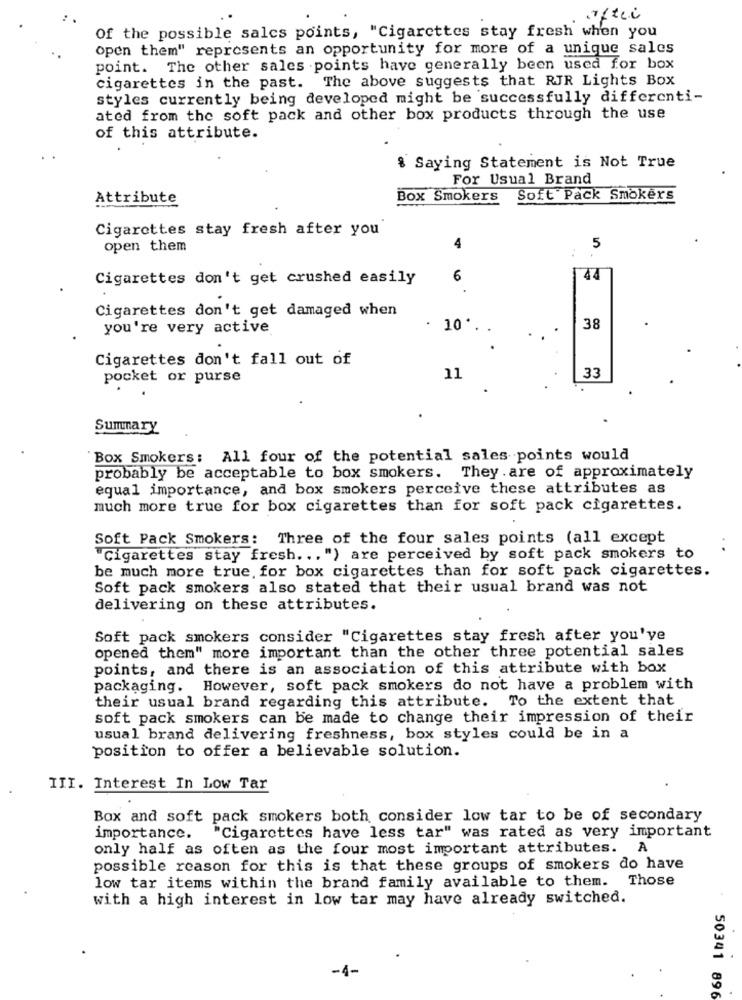
oftei
Of the possible salcs points, "Cigarettes stay fresh when you
open them" represents an opportunity for more of a unique sales
point. The other sales points have generally been used for box
cigarettes in the past. The above suggests that RJR Lights Box
styles currently being developed might be successfully differenti-
ated from the soft pack and other box products through the use
of this attribute.
8 Saying Statement is Not True
For Usual Brand
Attribute
Box Smokers
Soft Pack Smokers
Cigarettes stay fresh after you
open them
4
5
Cigarettes don't get crushed easily
6
44
Cigarettes don't get damaged when
you're very active
· 10 ..
38
Cigarettes don't fall out of
pocket or purse
11
33
Summary
"Box Smokers: All four of the potential sales points would
probably be acceptable to box smokers. They are of approximately
equal importance, and box smokers perceive these attributes as
much more true for box cigarettes than for soft pack cigarettes.
Soft Pack Smokers: Three of the four sales points (all except
"Cigarettes stay fresh ... ") are perceived by soft pack smokers to
be much more true for box cigarettes than for soft pack cigarettes.
Soft pack smokers also stated that their usual brand was not
delivering on these attributes.
Soft pack smokers consider "Cigarettes stay fresh after you've
opened them" more important than the other three potential sales
points, and there is an association of this attribute with box
packaging. However, soft pack smokers do not have a problem with
their usual brand regarding this attribute. To the extent that
soft pack smokers can be made to change their impression of their
usual brand delivering freshness, box styles could be in a
position to offer a believable solution.
III. Interest In Low Tar
Box and soft pack smokers both consider low tar to be of secondary
importance. "Cigarettes have less tar" was rated as very important
only half as often as the four most important attributes. A
possible reason for this is that these groups of smokers do have
low tar items within the brand family available to them. Those
with a high interest in low tar may have already switched.
-4-
50341 896